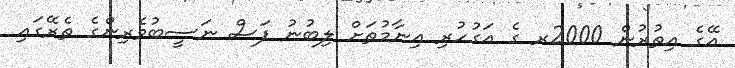
އޭގެ އިތުރުން 2000ރ ގެ އަގުހުރި އިނާމުތަށް ލިބުނު ފަސް ނަސީބުވެރިންގެ ތެރޭގައި